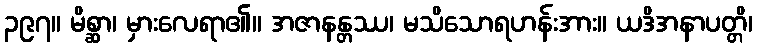
၃၉၇။ မိစ္ဆာ၊ မှားလေရာ၏။ အဇာနန္တဿ၊ မသိသောရဟန်းအား။ ယဒိအနာပတ္တိ၊